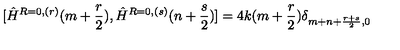
[ \hat { H } ^ { R = 0 , ( r ) } ( m + \frac { r } { 2 } ) , \hat { H } ^ { R = 0 , ( s ) } ( n + \frac { s } { 2 } ) ] = 4 k ( m + \frac { r } { 2 } ) \delta _ { m + n + \frac { r + s } { 2 } , 0 }